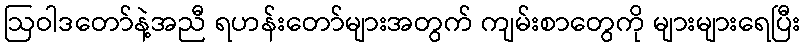
ဩဝါဒတော်နဲ့အညီ ရဟန်းတော်များအတွက် ကျမ်းစာတွေကို များများရေပြီး